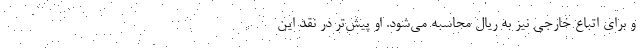
و برای اتباع خارجی نیز به ریال محاسبه می‌شود. او پیش‌تر در نقد این